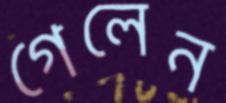
গেলেন